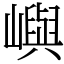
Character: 嶼